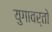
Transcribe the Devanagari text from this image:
युगावर्तो